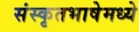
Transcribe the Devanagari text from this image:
संस्कृतभाषेमध्ये